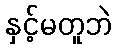
နှင့်မတူဘဲ